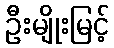
ဦးမျိုးမြင့်